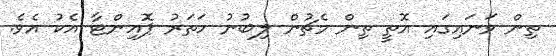
ތިން ވަނައިގައި އޮތީ ތިން މެޗުން ލިބުނު ހަތަރު ޕޮއިންޓާ އެކު އެވެ.